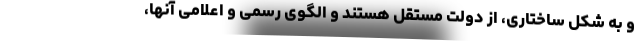
و به شکل ساختاری، از دولت مستقل هستند و الگوی رسمی و اعلامی آنها،